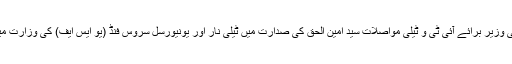
اسلام آباد: وفاقی وزیر برائے آئی ٹی و ٹیلی مواصلات سید امین الحق کی صدارت میں ٹیلی نار اور یونیورسل سروس فنڈ (یو ایس ایف) کی وزارت میں ایک میٹنگ۔